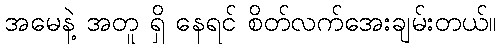
အမေနဲ့ အတူ ရှိ နေရင် စိတ်လက်အေးချမ်းတယ်။